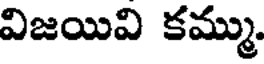
విజయివి కమ్ము.